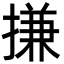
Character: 搛